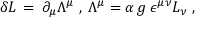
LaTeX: \delta { \cal L } \, = \, \partial _ { \mu } \Lambda ^ { \mu } \; , \; \Lambda ^ { \mu } = \alpha \, g \, \epsilon ^ { \mu \nu } L _ { \nu } \; ,